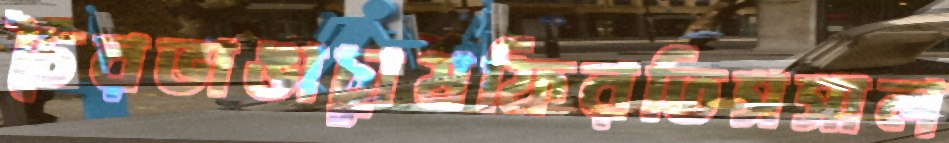
চৈরভাঙাচাুষফিরতিসসাল